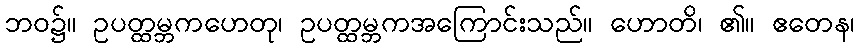
ဘဝ၌။ ဥပတ္ထမ္ဘကဟေတု၊ ဥပတ္ထမ္ဘကအကြောင်းသည်။ ဟောတိ၊ ၏။ ဧတေန၊